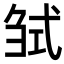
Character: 𢎍